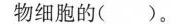
物细胞的()。